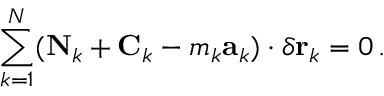
\sum _ { k = 1 } ^ { N } ( \mathbf { N } _ { k } + \mathbf { C } _ { k } - m _ { k } \mathbf { a } _ { k } ) \cdot \delta \mathbf { r } _ { k } = 0 \, .